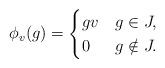
LaTeX: \begin{align*} \phi_v(g)=\begin{cases} gv& g\in J,\\ 0& g\notin J. \end{cases} \end{align*}